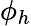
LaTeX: \phi_{h}